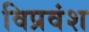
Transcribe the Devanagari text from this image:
विप्रवंश